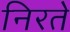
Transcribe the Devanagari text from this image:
निरते